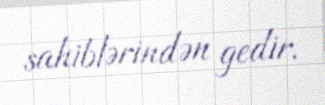
sahiblərindən gedir.